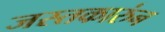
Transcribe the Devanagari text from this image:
जस्तकारुंन